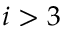
i > 3